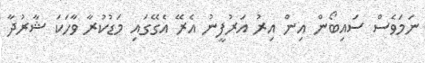
ނަމަވެސް ސައިބޯން އިން އިރު އަރުފީނު އެރޭ އެގޭގައި މަޑުކުރާ ވާހަކަ ޝާރުދާ